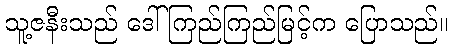
သူ့ဇနီးသည် ဒေါ်ကြည်ကြည်မြင့်က ပြောသည်။